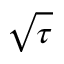
\sqrt { \tau }